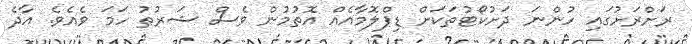
ރަށްރަށުގައި ހުންނަ ދަށުކޯޓުތަކަށް ޑިޕްލޮމާއެއް އޮތުމުން ވެސް ޝަރުޠު ހަމަ ވެއެވެ. އާދެ